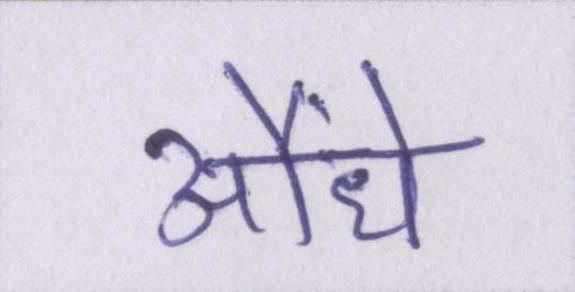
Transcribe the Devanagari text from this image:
औंधे